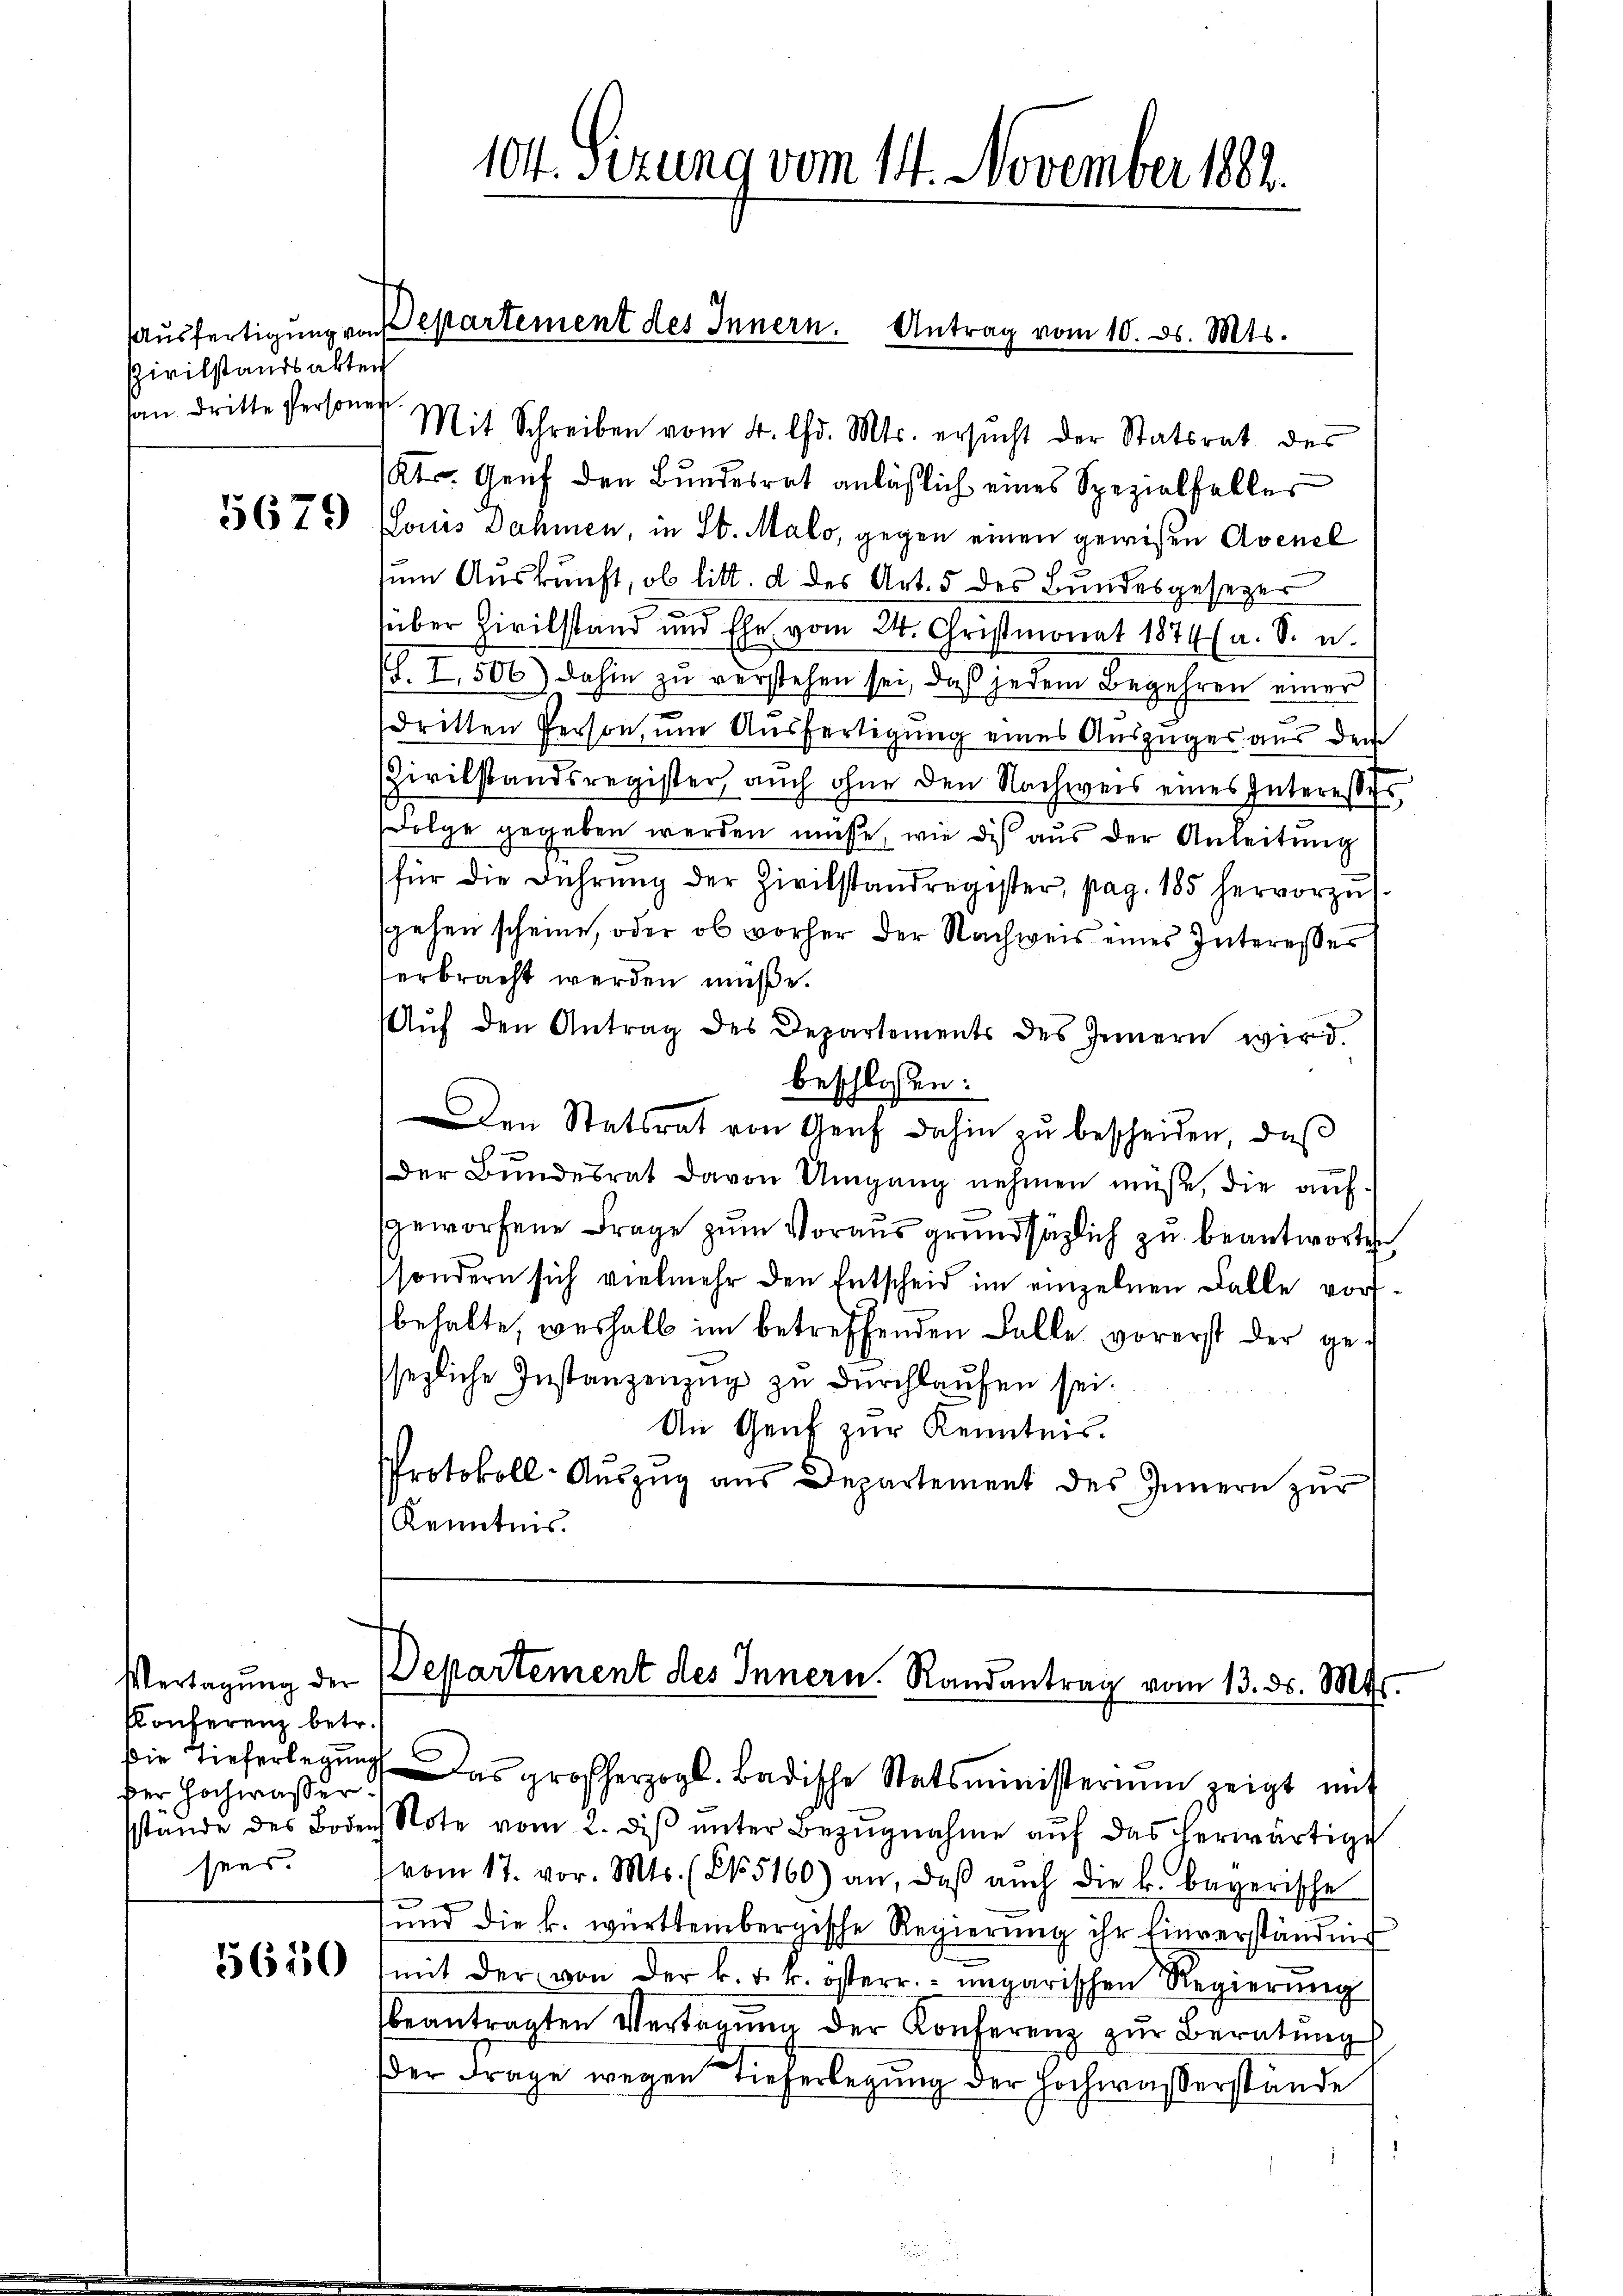
Pivilstandsakten
fan Dritte Personen.

5679

Konferenz betr.
der Hochwasser
sens.

5650

104. Sizung vom 14. November 1882.

Aŭsfertigung von epartement des Innern. Antrag vom 10. ds. Mts.

Mit Schreiben vom 4. Chr. Mts. ersucht der Statsrat des
Kt. Genf den Bundesrat anläßlich eines Spezialfalles
Louis Dahmen, in St. Malo, gegen einen gewißen Avenel
zum Auskunft, ob litt. d des Art. 5 des Bundesgesezer
über Zivilstand und Ehe vom 24. Christmonat 1874 (a. S. u.
(S. I, 506) dahin zŭ verstehen sei, daß jedem Begehren einer
dritten Person, um Ausfertigung eines Auszuges aus dem
Zivilstandsregister, aŭch ohne den Nachweis eines Interesses,
olge gegeben werden müsse, wie dich aus der Anleitung
für die Führŭng der Zivilstandregister, pag. 185 hervorzŭs.
sgehen scheine, oder ob vorher der Nachweis eines Interesser
erbracht werden müße.
Aŭf den Antrag des Departements des Innern wird.
beschlossen:
Den Statsrat von Genf dahin zu bescheiden, daß
Der Bundesrat davon Umgang nehmen müße, die aufgeworfene Frage zum Voraus grundsätzlich zu beantworten
sondern sich vielmehr den Entscheid im einzelnen Falle vorbehalte, weshalb im betreffenden Falle vorerst der gesezliche Instanzenzug zu durchlaufen sei.
An Genf zur Kenntnis.
Protokoll-Aŭszŭg aŭs Departement des Innern zŭr
Kenntnis.

Vertagung der Departement des Innern. Randantrag vom 13. ds. Mts

die Tieferlegŭng. Das großherzogl. Badische Statsministerium zeigt mit
sstände des Boden Note vom 2. diβ ŭnter Bezŭgnahme aŭf das herwärtige
vom 17. vor. Mts. (N. 5160) an, daβ aŭch die k. bayerische
und die k. württembergische Regierung ihr Einverständnis
mit der von der k. k. k. österr. ungarischen Regierŭng
beantragten Vertagŭng der Konferenz zur Beratŭng
der Frage wegen Tieferlegung der Hochwaßerstände